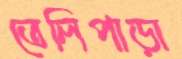
তেলিপাড়া